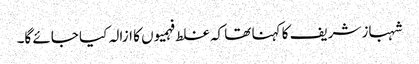
شہباز شریف کا کہنا تھا کہ غلط فہمیوں کا ازالہ کیا جائے گا۔